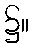
၌။